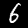
Label: 6